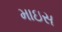
માઇસ